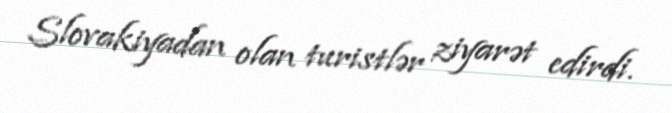
Slovakiyadan olan turistlər ziyarət edirdi.